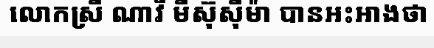
លោកស្រី ណាវី មីស៊ុស៊ីម៉ា បានអះអាងថា